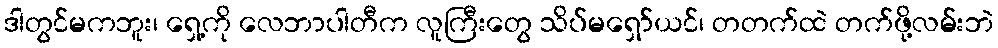
ဒါတွင်မကဘူး၊ ရှေ့ကို လေဘာပါတီက လူကြီးတွေ သိပ်မရှော်ယင်၊ တတက်ထဲ တက်ဖို့လမ်းဘဲ